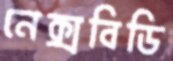
নেক্সবিডি